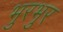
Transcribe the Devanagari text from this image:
भुरभुर